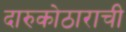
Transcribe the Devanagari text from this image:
दारुकोठाराची